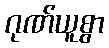
ဂုဏ်ယူစွာ